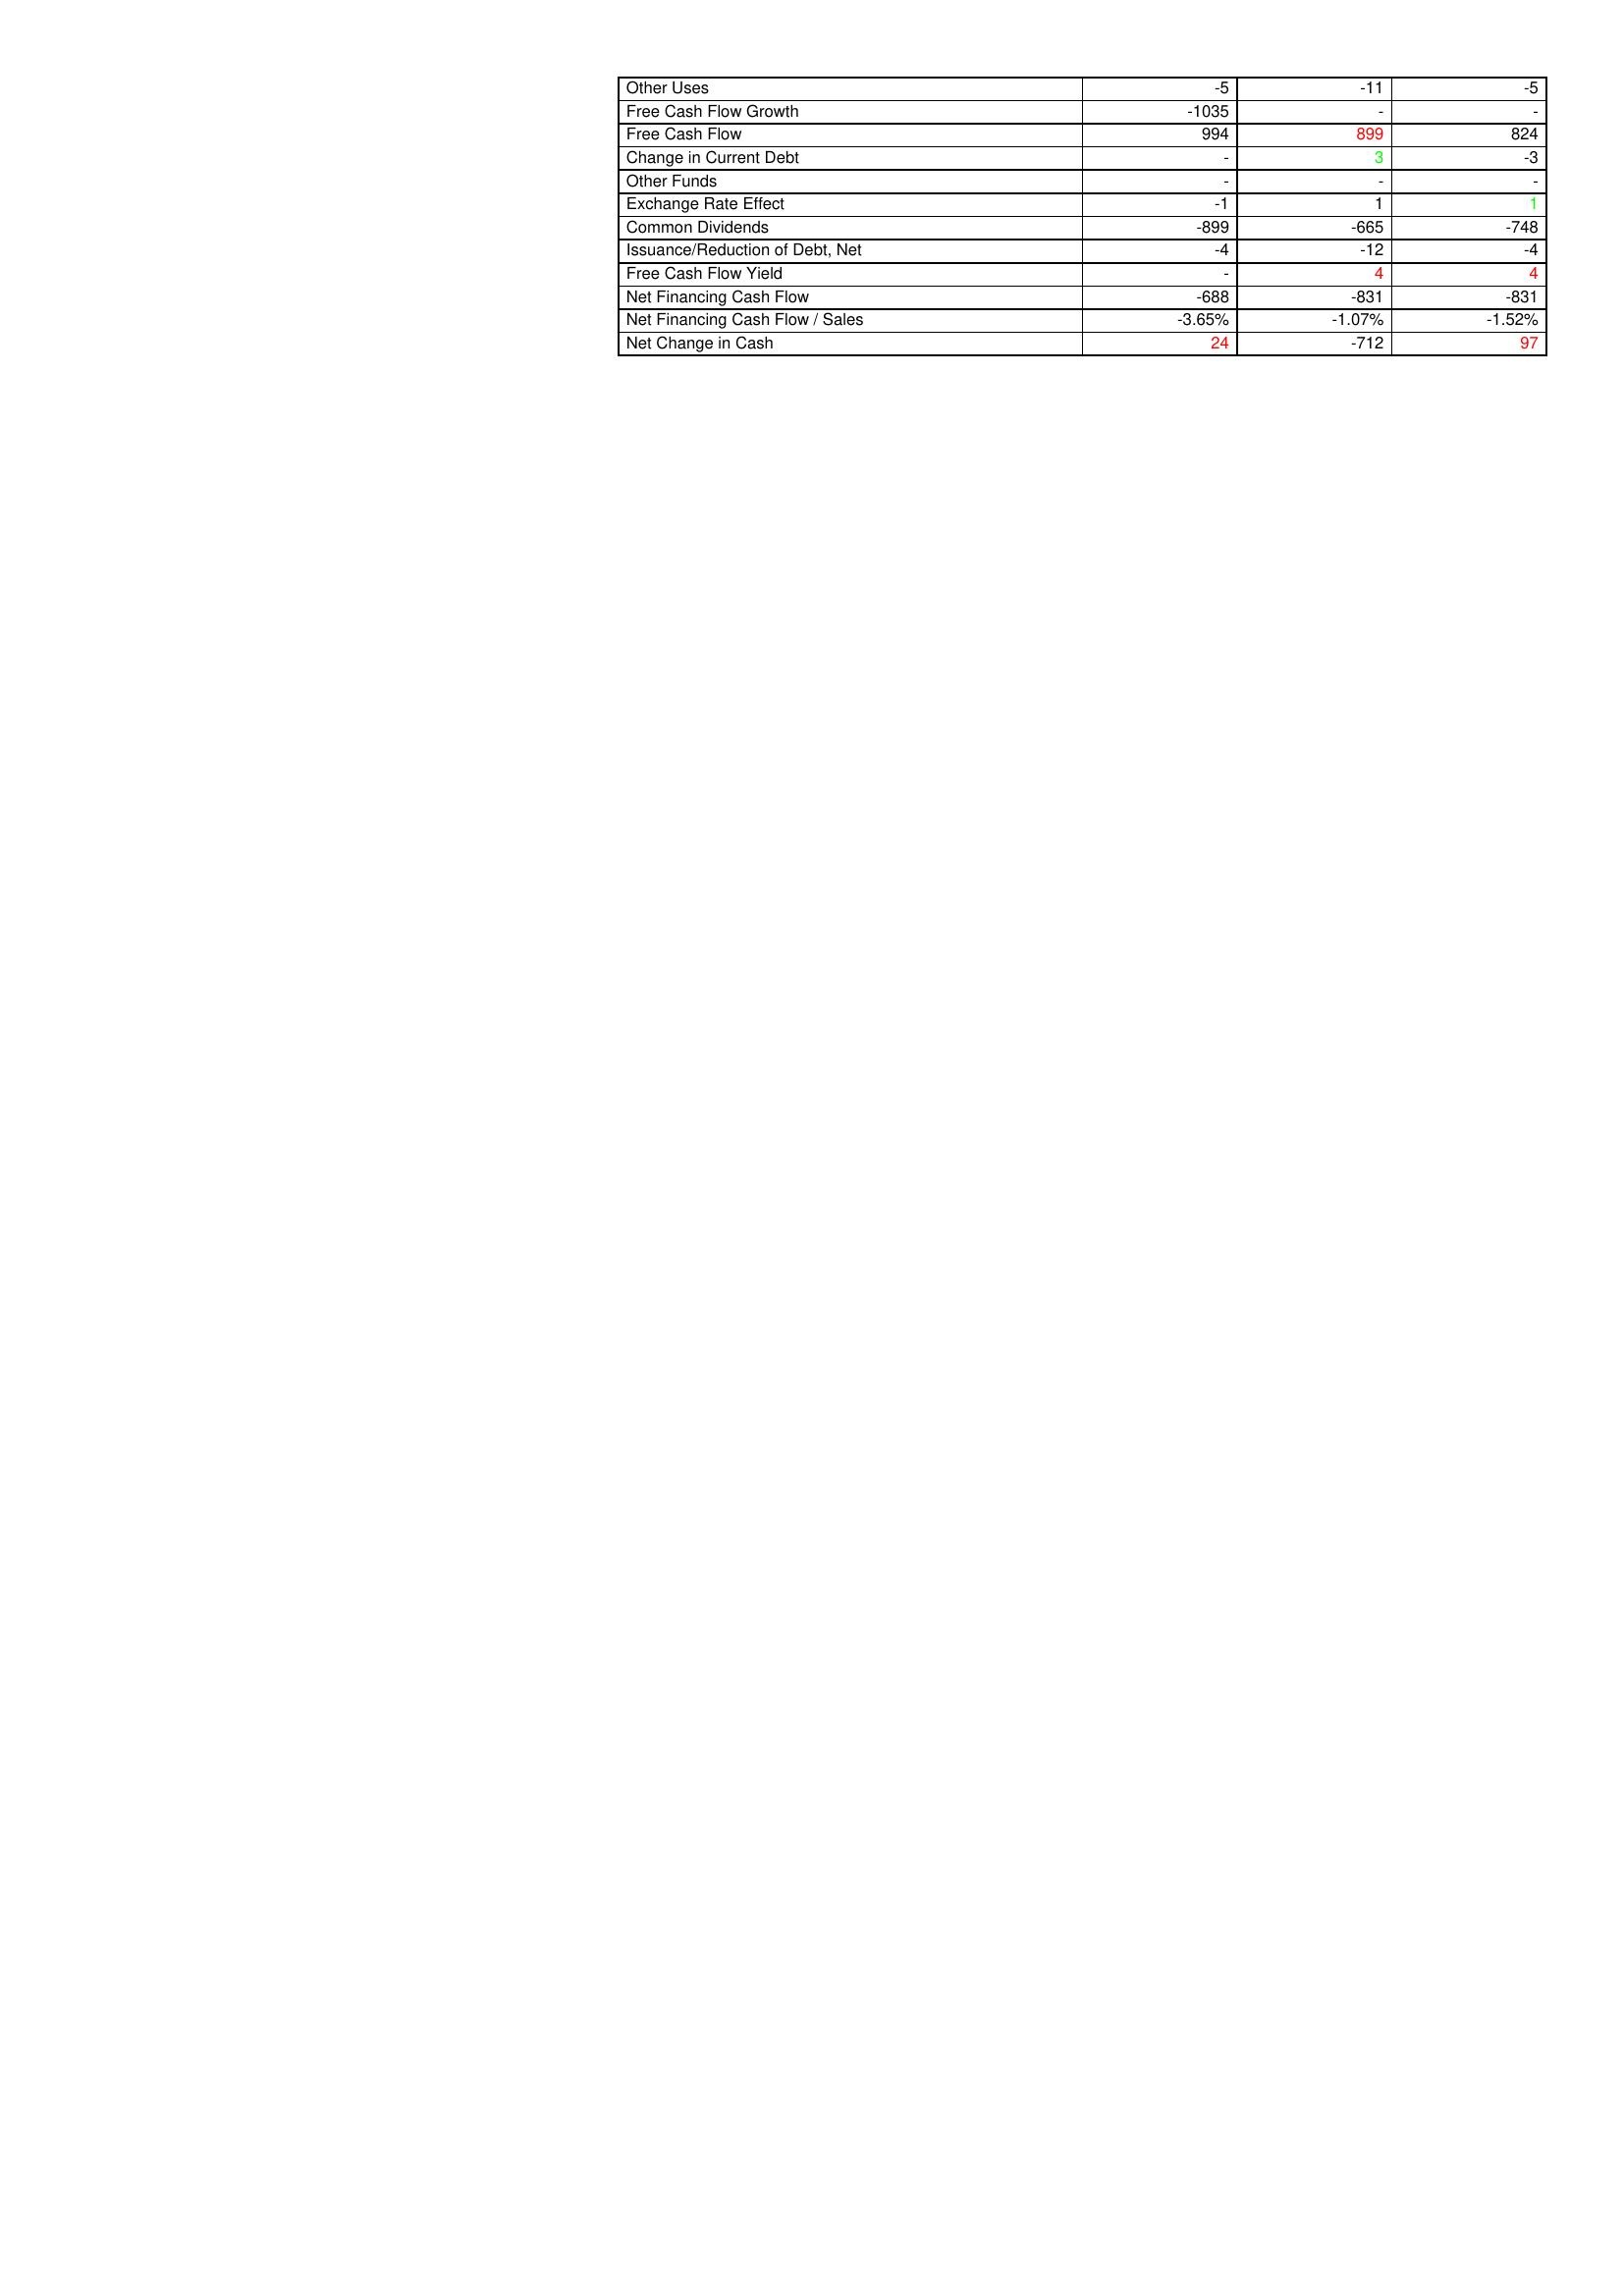
gt_parse: 2010: Financing Activities: Other Uses: -5
Free Cash Flow Growth: -1035
Free Cash Flow: 994
Change in Current Debt: -
Other Funds: -
Exchange Rate Effect: -1
Common Dividends: -899
Issuance/Reduction of Debt, Net: -4
Free Cash Flow Yield: -
Net Financing Cash Flow: -688
Net Financing Cash Flow / Sales: -3.65%
Net Change in Cash: 24
2009: Financing Activities: Other Uses: -11
Free Cash Flow Growth: -
Free Cash Flow: 899
Change in Current Debt: 3
Other Funds: -
Exchange Rate Effect: 1
Common Dividends: -665
Issuance/Reduction of Debt, Net: -12
Free Cash Flow Yield: 4
Net Financing Cash Flow: -831
Net Financing Cash Flow / Sales: -1.07%
Net Change in Cash: -712
2008: Financing Activities: Other Uses: -5
Free Cash Flow Growth: -
Free Cash Flow: 824
Change in Current Debt: -3
Other Funds: -
Exchange Rate Effect: 1
Common Dividends: -748
Issuance/Reduction of Debt, Net: -4
Free Cash Flow Yield: 4
Net Financing Cash Flow: -831
Net Financing Cash Flow / Sales: -1.52%
Net Change in Cash: 97